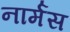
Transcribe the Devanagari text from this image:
नार्मस